65_HS1-834228961_62-HQ-83894_Section_9
Agency: FBI
Page 128
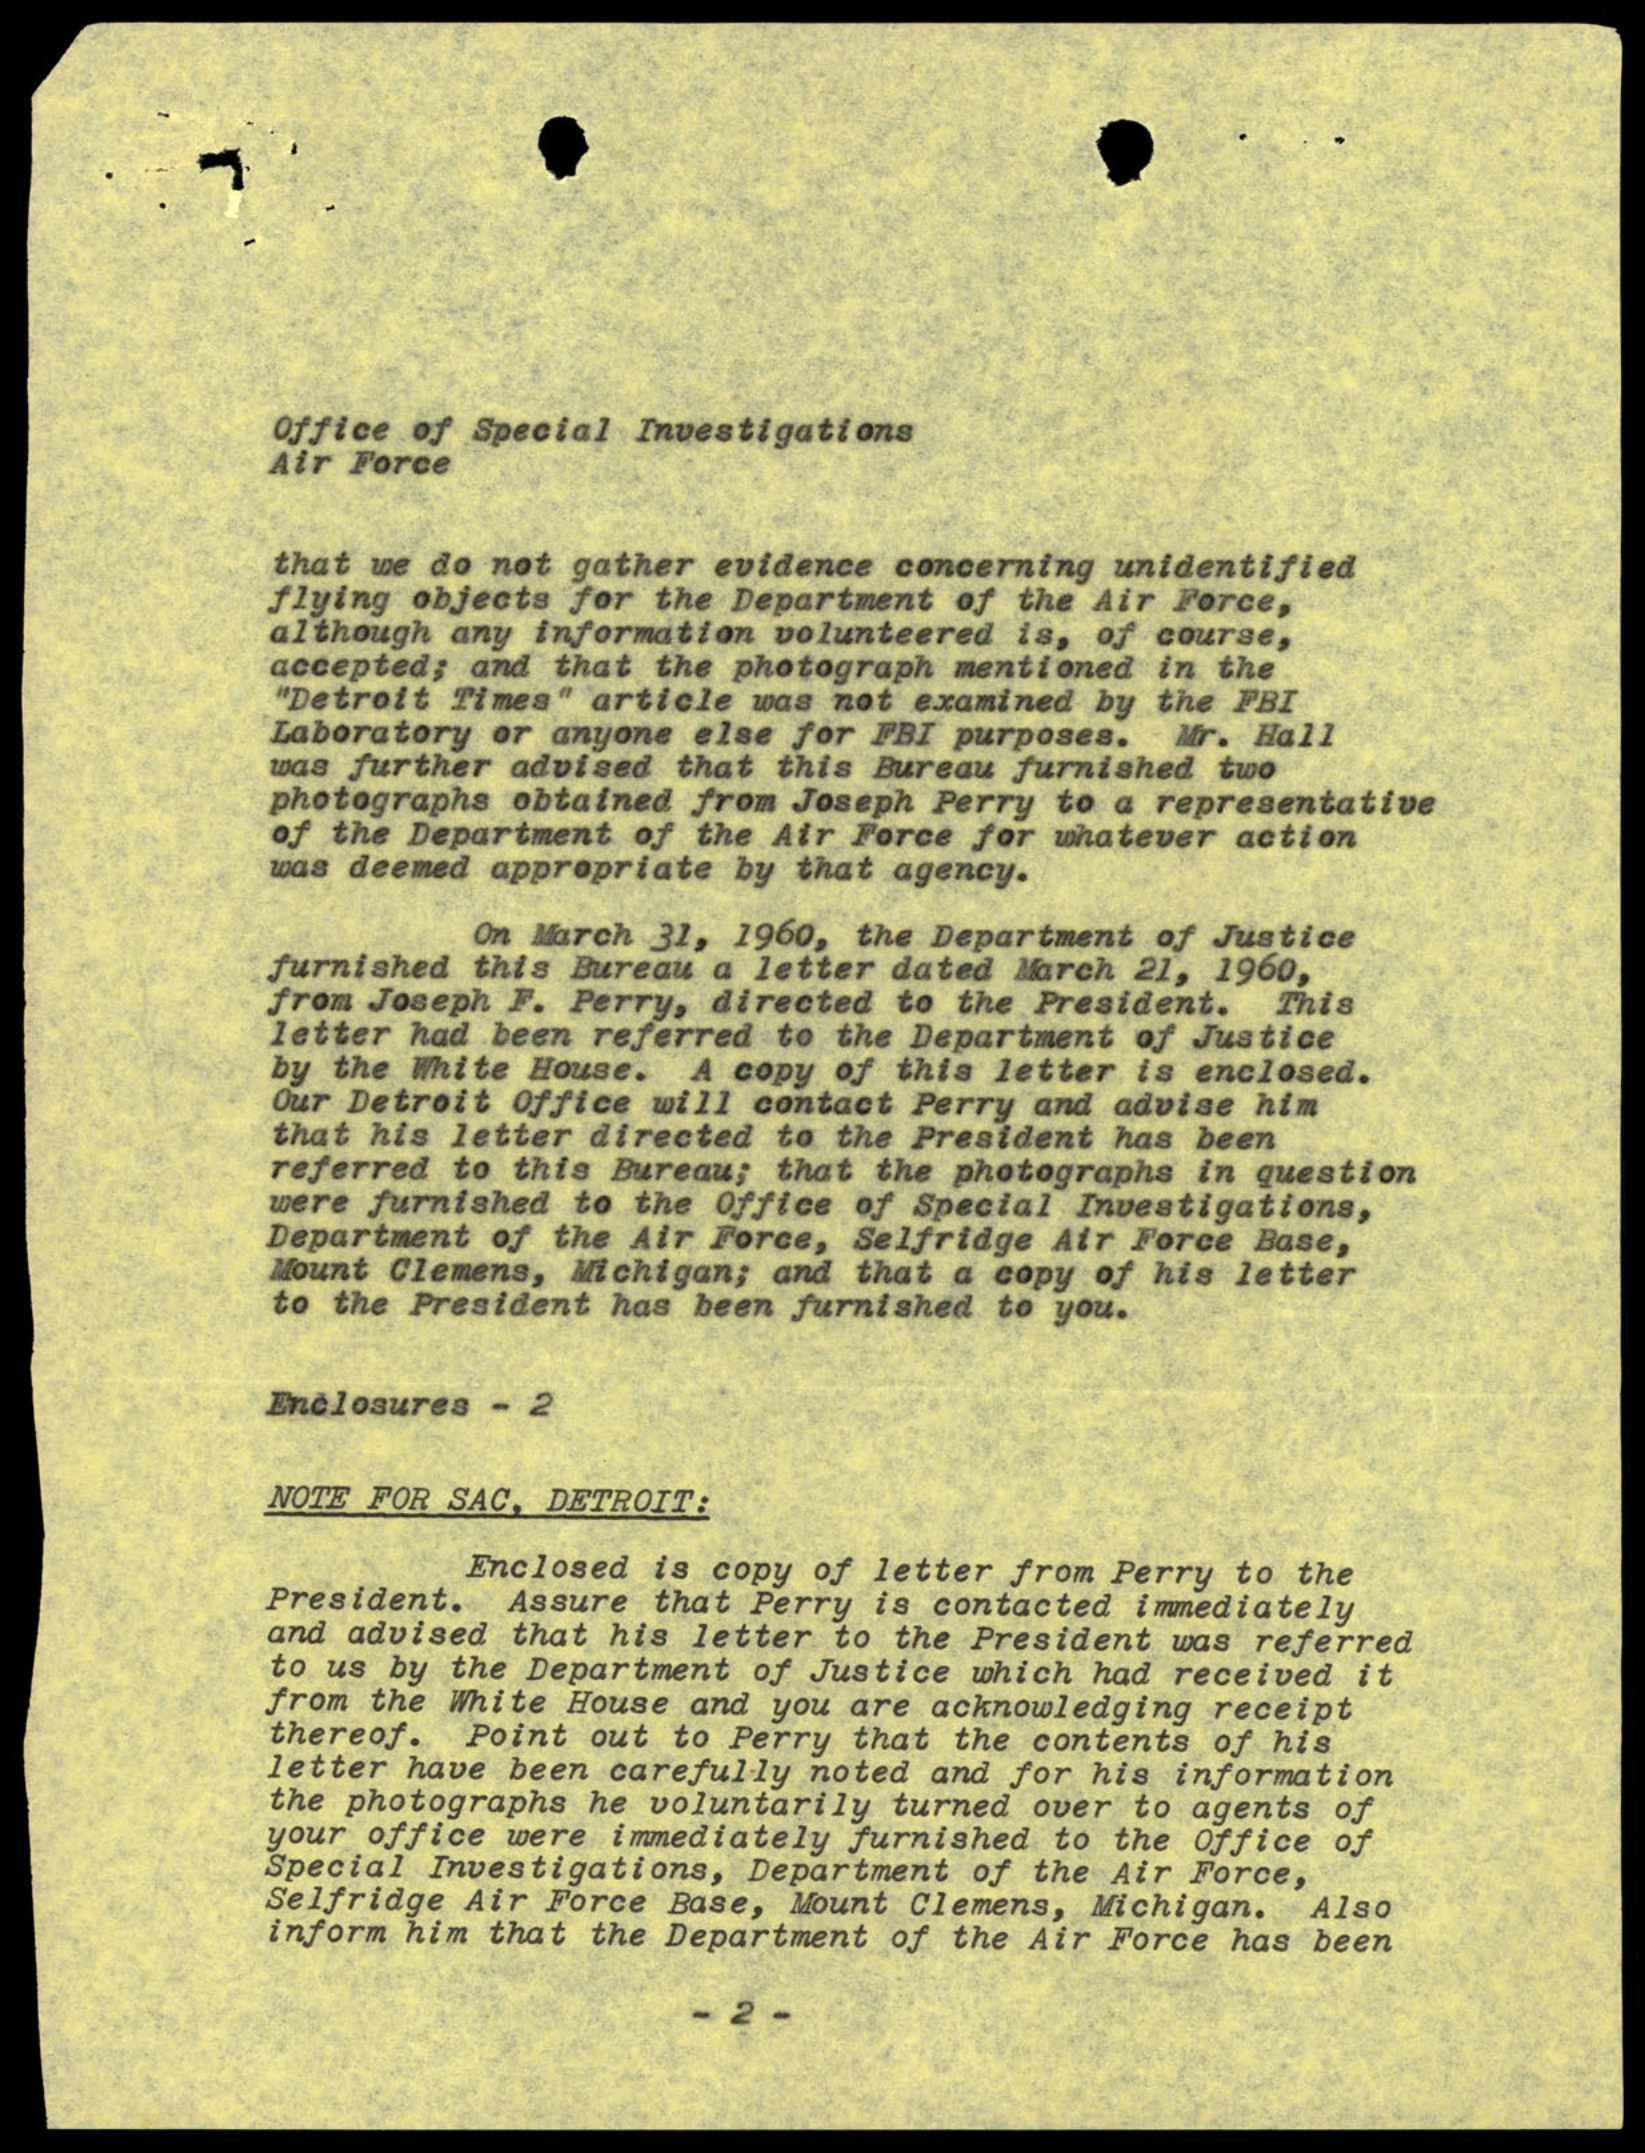